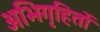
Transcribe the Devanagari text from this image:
अभिगृहितों